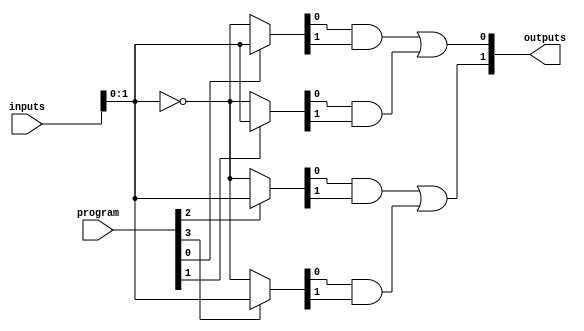
module FusedPAL #(
    parameter NUM_INPUTS = 4,      // Number of input signals
    parameter NUM_AND_GATES = 4,    // Number of programmable AND gates
    parameter NUM_OR_GATES = 2       // Number of fixed OR gates
)(
    input  wire [NUM_INPUTS-1:0] inputs,   // Input lines
    input  wire [NUM_AND_GATES-1:0] program, // Programming inputs for AND gates
    output wire [NUM_OR_GATES-1:0] outputs   // Output lines
);

// Internal wire declarations for AND gate outputs
wire [NUM_AND_GATES-1:0] and_outputs;

// Programmable AND array
genvar i, j;
generate
    for (i = 0; i < NUM_AND_GATES; i = i + 1) begin: and_gate
        wire [NUM_INPUTS-1:0] and_inputs;
        assign and_inputs = program[i] ? inputs : ~inputs; // Use direct or inverted inputs based on the programming
        
        // Example: Each AND gate takes 2 inputs (you can modify logic as per your requirement)
        assign and_outputs[i] = and_inputs[0] & and_inputs[1]; // Modify connections as desired
    end
endgenerate

// Fixed OR array
assign outputs[0] = and_outputs[0] | and_outputs[1]; // OR gate 1 combining outputs of AND gate 0 and 1
assign outputs[1] = and_outputs[2] | and_outputs[3]; // OR gate 2 combining outputs of AND gate 2 and 3

endmodule